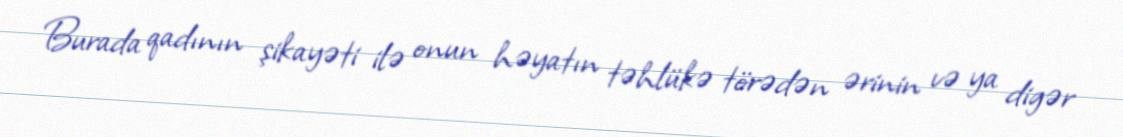
Burada qadının şikayəti ilə onun həyatın təhlükə törədən ərinin və ya digər